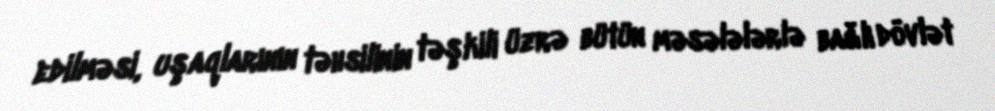
edilməsi, uşaqlarının təhsilinin təşkili üzrə bütün məsələlərlə bağlı dövlət